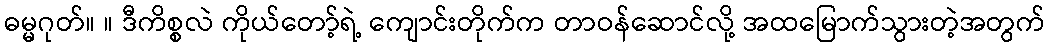
ဓမ္မဂုတ်။ ။ ဒီကိစ္စလဲ ကိုယ်တော့်ရဲ့ ကျောင်းတိုက်က တာဝန်ဆောင်လို့ အထမြောက်သွားတဲ့အတွက်